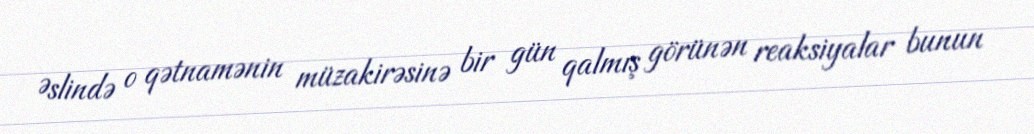
Əslində o qətnamənin müzakirəsinə bir gün qalmış görünən reaksiyalar bunun